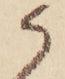
候